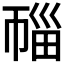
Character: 𰏛